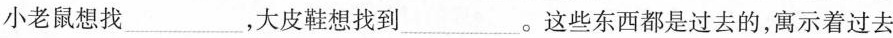
小老鼠想找 ___，大皮鞋想找到___。这些东西都是过去的，寓示着过去